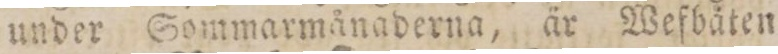
under Sommarmånaderna, är Wefbåten